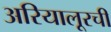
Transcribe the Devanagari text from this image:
अरियालूरची